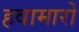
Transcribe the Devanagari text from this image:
हवामारों